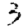
Digit: 3